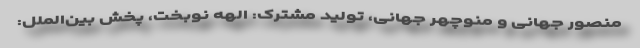
منصور جهانی و منوچهر جهانی، تولید مشترک: الهه نوبخت، پخش بین‌الملل: